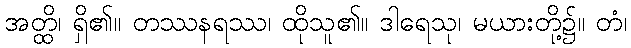
အတ္ထိ၊ ရှိ၏။ တဿနရဿ၊ ထိုသူ၏။ ဒါရေသု၊ မယားတို့၌။ တံ၊